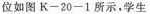
位如图K--20-1所示，学生